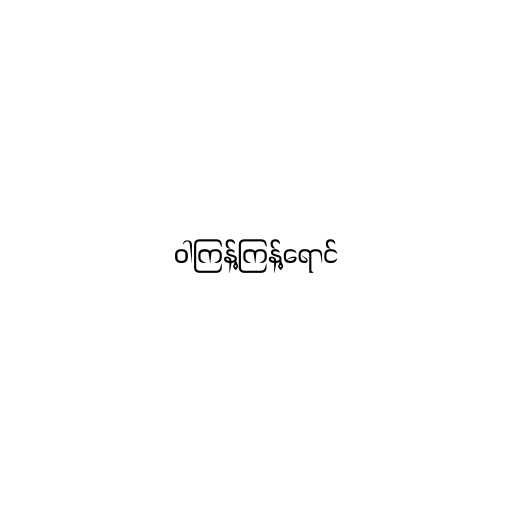
ဝါကြန့်ကြန့်ရောင်